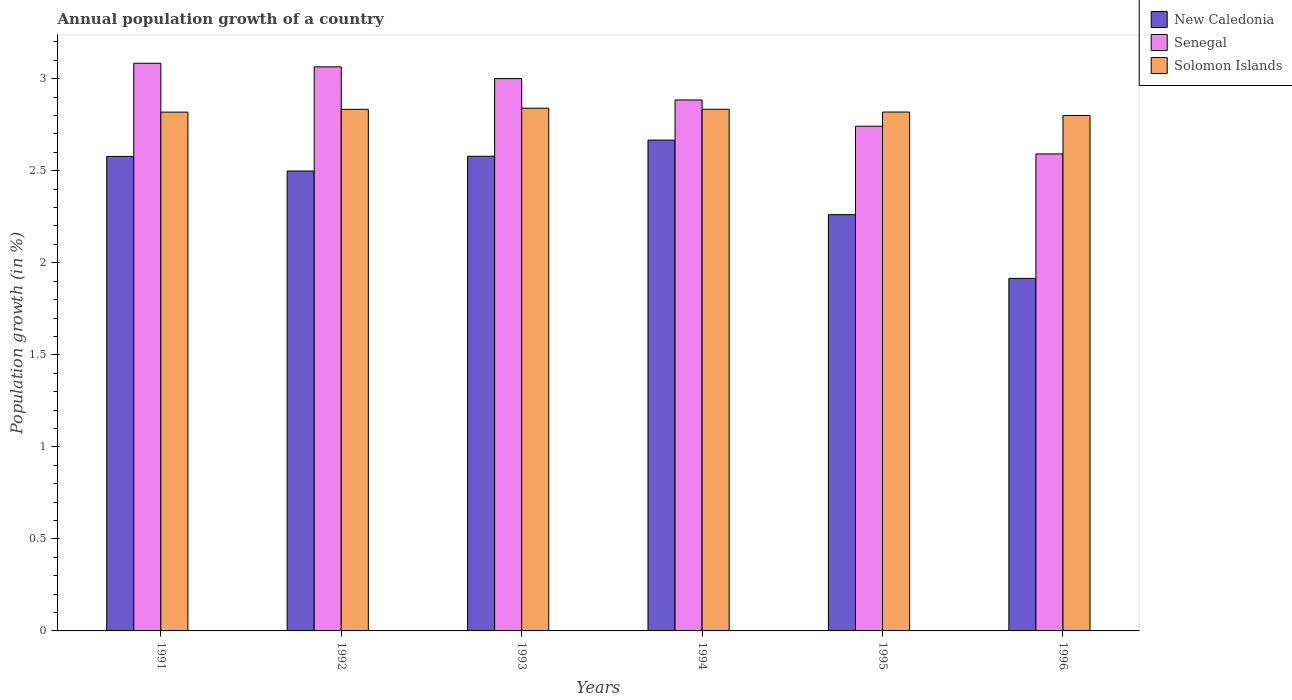
| Years | New Caledonia | Senegal | Solomon Islands |
 | --- | --- | --- | --- |
 | 1991 | 2.58 | 3.08 | 2.82 |
 | 1992 | 2.5 | 3.06 | 2.83 |
 | 1993 | 2.58 | 3 | 2.84 |
 | 1994 | 2.67 | 2.88 | 2.83 |
 | 1995 | 2.26 | 2.74 | 2.82 |
 | 1996 | 1.92 | 2.59 | 2.8 |